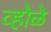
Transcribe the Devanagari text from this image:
व्होळे